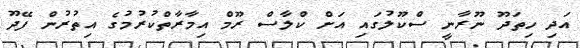
އަދި ހިތަދޫ ނޫރާނީ ސްކޫލުގައި އަށް ކްލާސް ރޫމް އިމާރާތްކުރުމުގެ އިތުރުން ފޭދޫ